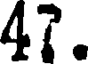
47.